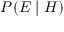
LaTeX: \textstyle P ( E \mid H )